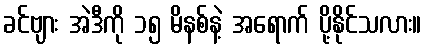
ခင်ဗျား အဲဒီကို ၁၅ မိနစ်နဲ့ အရောက် ပို့နိုင်သလား။